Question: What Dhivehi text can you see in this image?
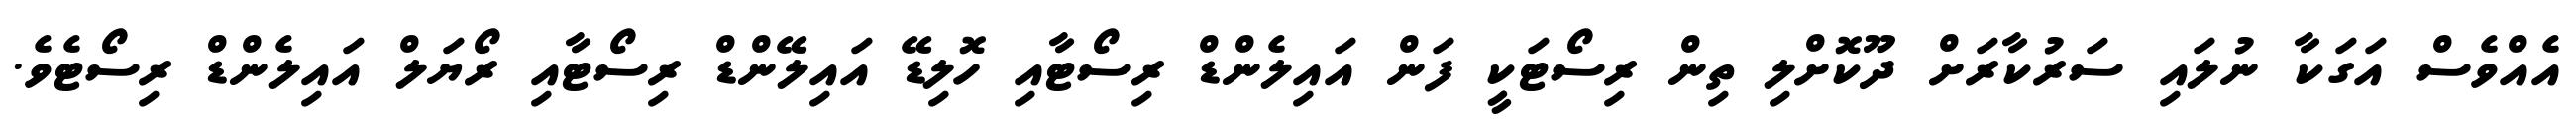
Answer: އެއްވެސް އަގަކާ ނުލައި ސަރުކާރަށް ދޫކޮށްލި ތިން ރިސޯޓަކީ ފަން އައިލެންޑް ރިސޯޓާއި ހޮލިޑޭ އައިލޭންޑް ރިސޯޓާއި ރޯޔަލް އައިލެންޑް ރިސޯޓެވެ.